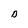
Character: D